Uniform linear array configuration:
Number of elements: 64
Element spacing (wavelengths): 1
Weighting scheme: binomial
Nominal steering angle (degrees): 45
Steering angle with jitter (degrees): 43.42
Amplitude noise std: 0.05
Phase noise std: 0.05

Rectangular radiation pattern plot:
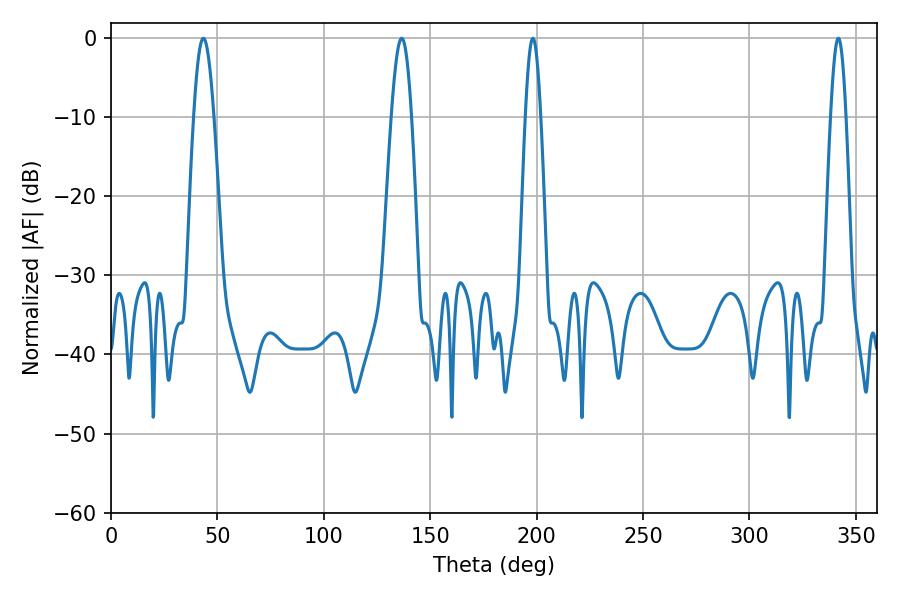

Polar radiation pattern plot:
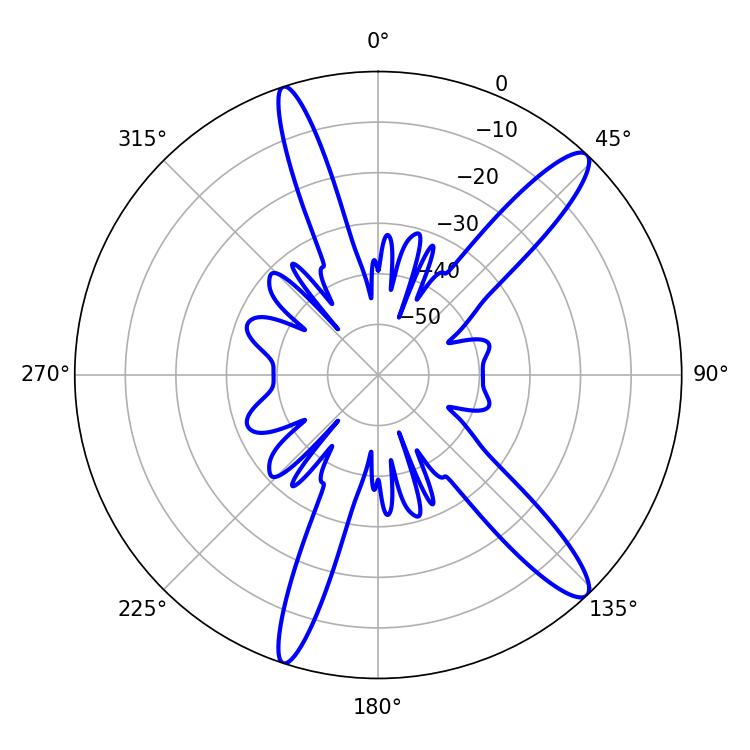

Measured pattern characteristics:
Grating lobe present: TRUE
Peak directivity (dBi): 13.583
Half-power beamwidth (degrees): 5.22
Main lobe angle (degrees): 43.38